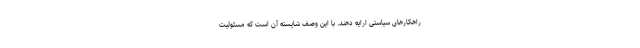
راهکارهای سیاستی ارایه دهند. با این وصف شایسته آن است که مسئولیت